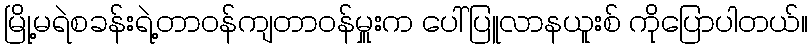
မြို့မရဲစခန်းရဲ့တာဝန်ကျတာဝန်မှူးက ပေါ်ပြူလာနယူးစ် ကိုပြောပါတယ်။